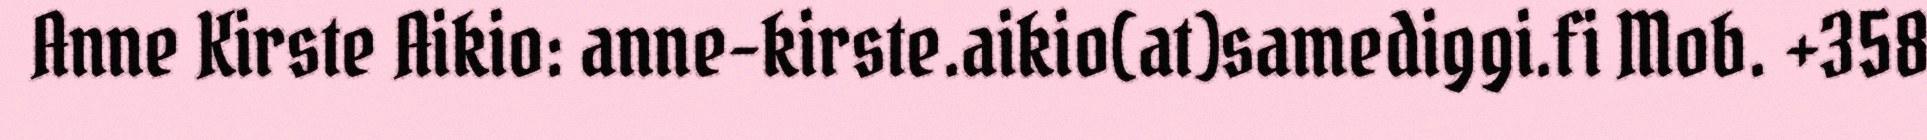
Anne Kirste Aikio: anne-kirste.aikio(at)samediggi.fi Mob. +358